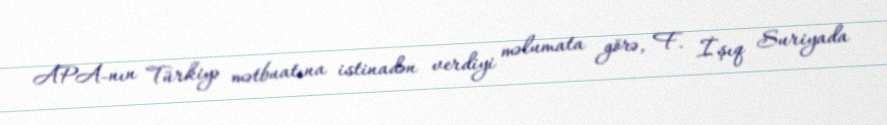
APA-nın Türkiyə mətbuatına istinadən verdiyi məlumata görə, F. İşıq Suriyada